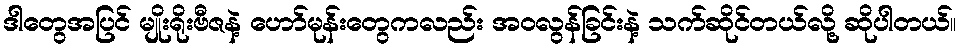
ဒါတွေအပြင် မျိုးရိုးဗီဇနဲ့ ဟော်မုန်းတွေကလည်း အဝလွန်ခြင်းနဲ့ သက်ဆိုင်တယ်လို့ ဆိုပါတယ်။